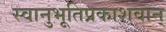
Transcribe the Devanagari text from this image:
स्वानुभूतिप्रकाशवान्